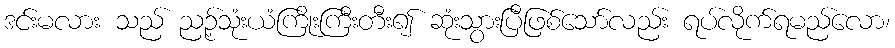
ဒင်းမလား သည် ညဉ့်သုံးယံကြိုးကြီးတီး၍ ဆုံးသွားပြီဖြစ်သော်လည်း ရပ်လိုက်ရမည်လော၊